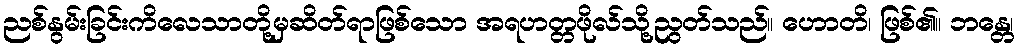
ညစ်နွမ်းခြင်းကိလေသာတို့မှဆိတ်ရာဖြစ်သော အရဟတ္တဖိုလ်သို့ညွတ်သည်။ ဟောတိ၊ ဖြစ်၏။ ဘန္တေ၊